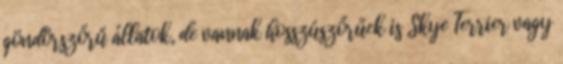
göndörszőrű állatok, de vannak hosszúszőrűek is Skye Terrier vagy